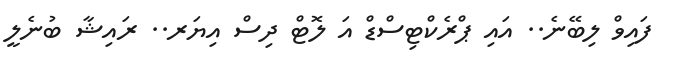
ފައިވް ލިބޭނެ.. އައި ޕްރެކްޓިސްޑް އަ ލޮޓް ދިސް އިޔަރ.. ރައިޝާ ބުނެލީ